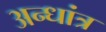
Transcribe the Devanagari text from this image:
अन्धांत्र